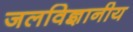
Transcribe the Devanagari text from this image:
जलविज्ञानीय